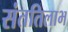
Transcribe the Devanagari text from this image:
संततिलाभ